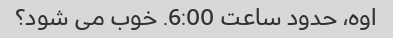
اوه، حدود ساعت 6:00. خوب می شود؟